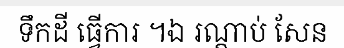
ទឹកដី ធ្វើការ ។ឯ រណ្តាប់ សែន